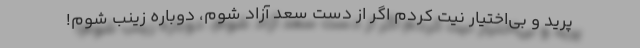
پرید و بی‌اختیار نیت کردم اگر از دست سعد آزاد شوم، دوباره زینب شوم!